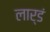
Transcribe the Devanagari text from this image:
लार्डं